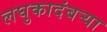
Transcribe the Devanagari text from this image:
लघुकादंबर्‍या